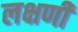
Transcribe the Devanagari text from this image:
लक्षणी